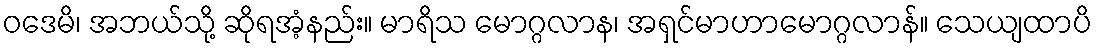
ဝဒေမိ၊ အဘယ်သို့ ဆိုရအံ့နည်း။ မာရိသ မောဂ္ဂလာန၊ အရှင်မာဟာမောဂ္ဂလာန်။ သေယျထာပိ